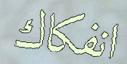
انفكاك